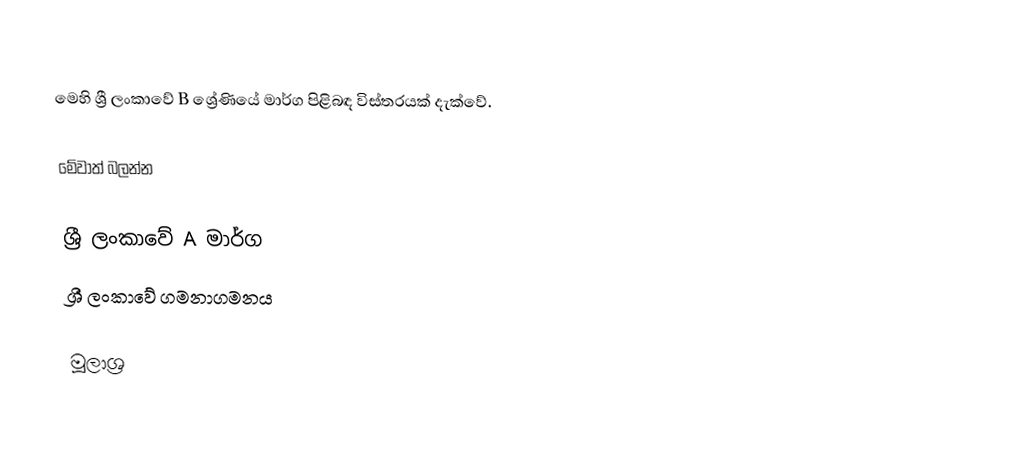
මෙහි ශ්‍රී ලංකාවේ B ශ්‍රේණියේ මාර්ග පිළිබඳ විස්තරයක් දැක්වේ.

මේවාත් බලන්න

 ශ්‍රී ලංකාවේ A මාර්ග
 ශ්‍රී ලංකාවේ ගමනාගමනය

මූලාශ්‍ර